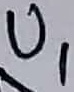
Text: U1